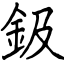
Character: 鈒